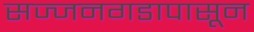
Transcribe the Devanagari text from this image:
सज्जनगडापासून